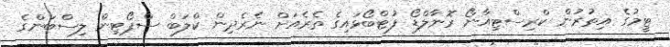
ޓީމުގެ އިތުރުން ކްރިސްޓިއާނޯ ރޮނާލްޑޯ ފުޓްބޯޅައިގެ ތެރެއަށް ނެރެދިން ކްލަބް ސްޕޯޓިން ލިސްބަންގެ